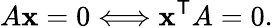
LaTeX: A\mathbf{x}=0\Longleftrightarrow\mathbf{x}^{\mathsf{{T}}}A=0.